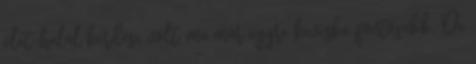
élet-halál kérdése volt, ma már egyre kevésbé fontosabb. De